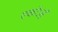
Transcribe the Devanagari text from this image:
एकोऽहं